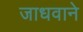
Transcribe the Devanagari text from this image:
जाधवाने